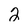
Character: 2